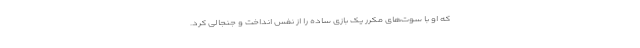
که او با سوت‌های مکرر یک بازی ساده را از نفس انداخت و جنجالی کرد.